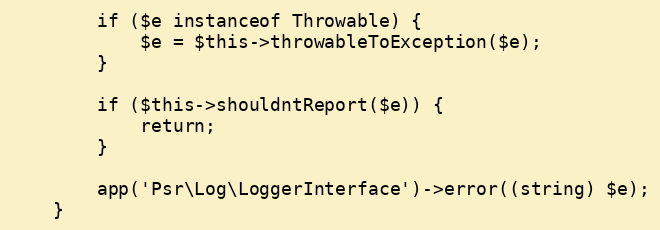
Language: PHP
        if ($e instanceof Throwable) {
            $e = $this->throwableToException($e);
        }

        if ($this->shouldntReport($e)) {
            return;
        }

        app('Psr\Log\LoggerInterface')->error((string) $e);
    }